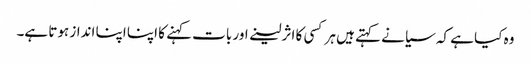
وہ کیا ہے کہ سیانے کہتے ہیں ہر کسی کا اثر لینے اور بات کہنے کا اپنا اپنا انداز ہوتا ہے۔